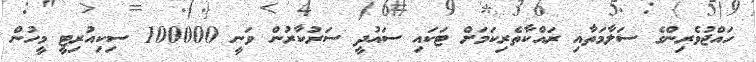
ހައްޖުވެރިންގެ ސަލާމަތާއި ރައްކާތެރިކަމަށް ޓަކައި ސައުދީ ސަރުކާރުން ވަނީ 100000 ސިކިއުރިޓީ މީހުން